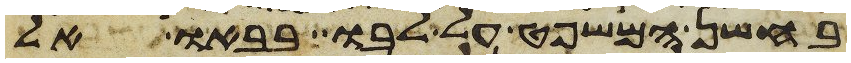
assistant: בחשן המשפט על לבו בבאו אל